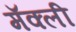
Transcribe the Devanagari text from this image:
मॅक्ली